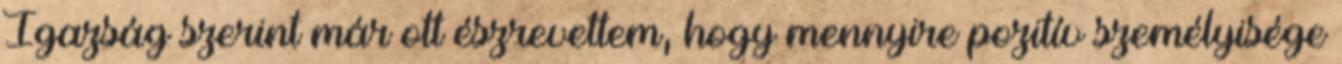
Igazság szerint már ott észrevettem, hogy mennyire pozitív személyisége